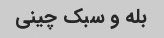
بله و سبک چینی